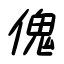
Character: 傀